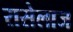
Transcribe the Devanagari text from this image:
रासेलाज